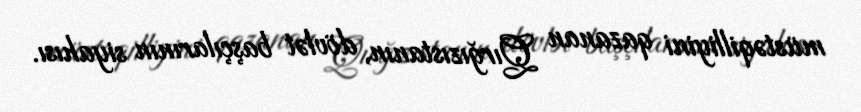
müstəqilliyini qazanan Qırğızıstanın, dövlət başçılarının siyahısı.